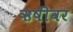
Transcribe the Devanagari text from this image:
ऋषींवर